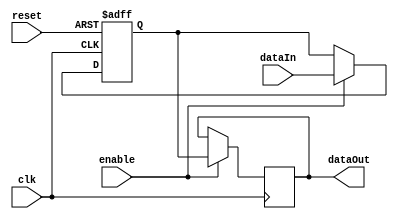
module InputRegister (clk, enable, reset, dataIn, dataOut);
    input clk;
    input enable, reset;
    input [31:0] dataIn;
    output reg [31:0] dataOut;

    reg [31:0] register;

    always @(negedge clk) begin
        if(enable == 1'b1) begin
        dataOut = register;
        end
    end

    always @(posedge clk or posedge reset) begin
        if(reset) begin
            register = {32{1'b0}};
        end else begin
            if (enable == 1'b1) begin
                register = dataIn;
            end
        end
    end
endmodule

module OutputRegister (clk, enable, reset, dataIn, dataOut);
    input clk;
    input enable, reset;
    input [63:0] dataIn;
    output reg [63:0] dataOut;

    reg [63:0] register;

    always @(negedge clk) begin
        if(enable == 1'b1) begin
        dataOut = register;
        end
    end

    always @(posedge clk or posedge reset) begin
        if(reset) begin
            register = {64{1'b0}};
        end else begin
            if (enable == 1'b1) begin
                register = dataIn;
            end
        end
    end
endmodule